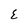
Character: E